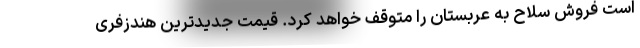
است فروش سلاح به عربستان را متوقف خواهد کرد. قیمت جدیدترین هندزفری